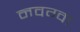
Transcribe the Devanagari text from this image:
नवग्वा